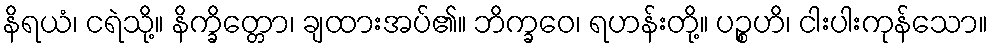
နိရယံ၊ ငရဲသို့။ နိက္ခိတ္တော၊ ချထားအပ်၏။ ဘိက္ခဝေ၊ ရဟန်းတို့။ ပဉ္စဟိ၊ ငါးပါးကုန်သော။